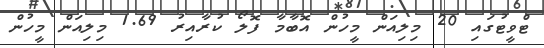
ޓްވީޓުގައި 20 މިލިއަން މީހުން އޮބާމާ ފޮލޯ ކުރާއިރު 1.69 މިލިއަން މީހުން